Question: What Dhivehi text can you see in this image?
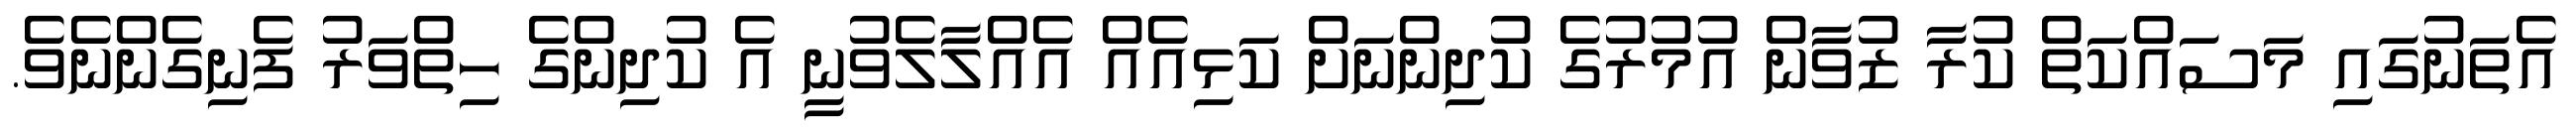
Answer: އެތަނުގައި މަސައްކަތް ކުރާ ޒުވާން އުމުރުގެ ކުދިންނަށް ކަޅިއެއް އެއްލާލެވުނީ އެ ކުދިންގެ ހިތްވަރު ފެނިގެންނެވެ.